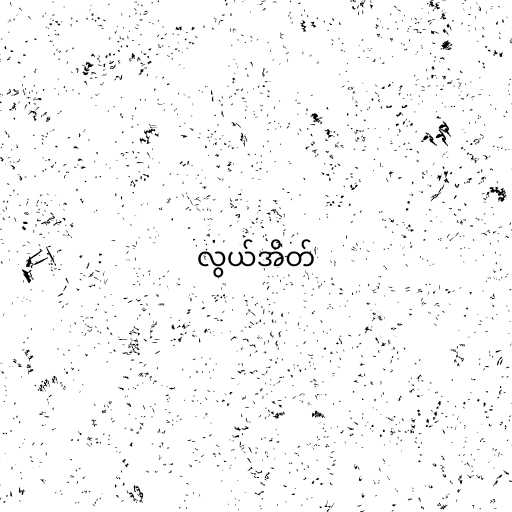
လွယ်အိတ်